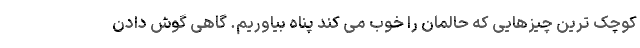
کوچک ترین چیزهایی که حالمان را خوب می کند پناه بیاوریم. گاهی گوش دادن